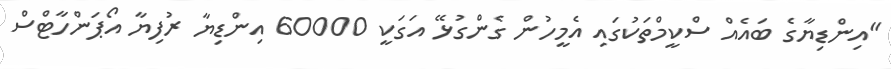
"އިންޑިޔާގެ ބައެއް ސްކީމްތަކުގައި އެމީހުން ގެންގުޅޭ އަގަކީ 60000 އިންޑިޔާ ރުފިޔާ އޯޕަންހާޓްސް